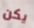
يكن